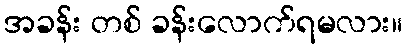
အခန်း တစ် ခန်းလောက်ရမလား။